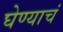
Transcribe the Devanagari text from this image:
घेण्याचं